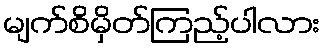
မျက်စိမှိတ်ကြည့်ပါလား